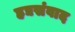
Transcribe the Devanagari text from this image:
हद्यसंवाद